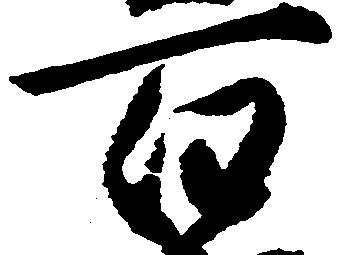
百